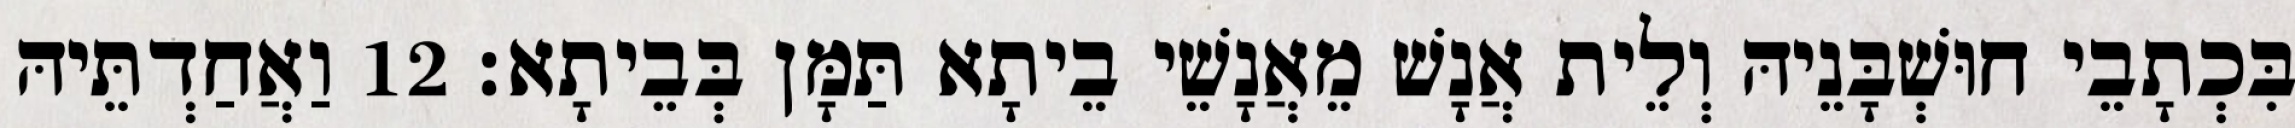
בִּכְתָבֵי חוּשְׁבָּנֵיהּ וְלֵית אֲנָשׁ מֵאֲנָשֵׁי בֵיתָא תַּמָּן בְּבֵיתָא׃ 12 וַאֲחַדְתֵּיהּ